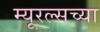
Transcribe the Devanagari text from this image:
म्यूरल्सच्या